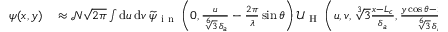
\begin{array} { r l } { \psi ( x , y ) } & { { } \approx \mathcal { N } \sqrt { 2 \pi } \int \mathrm { d } u \, \mathrm { d } v \, \smash { \widetilde { \psi } } _ { \mathrm { ~ i ~ n ~ } } \left( 0 , \frac { u } { \sqrt [ 6 ] { 3 } \, \delta _ { a } } - \frac { 2 \pi } { \lambda } \sin \theta \right) \mathcal { U } _ { \mathrm { ~ H ~ } } \left( u , v , \sqrt [ 3 ] { 3 } \frac { x - L _ { c } } { \delta _ { a } } , \frac { y \cos \theta - 2 L _ { c } \sin ^ { 3 } \theta } { \sqrt [ 6 ] { 3 } \, \delta _ { a } \cos \theta } , - \frac { \lambda L _ { c } } { 2 \pi \sqrt [ 3 ] { 3 } \, \delta _ { a } ^ { 2 } } \frac { \cos 2 \theta } { \cos \theta } \right) , } \end{array}